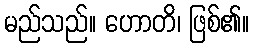
မည်သည်။ ဟောတိ၊ ဖြစ်၏။